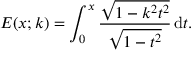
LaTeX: E ( x ; k ) = \int _ { 0 } ^ { x } { \frac { \sqrt { 1 - k ^ { 2 } t ^ { 2 } } } { \sqrt { 1 - t ^ { 2 } } } } \, \mathrm { d } t .